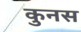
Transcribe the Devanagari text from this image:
कुनस